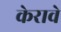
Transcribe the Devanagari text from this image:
केरावे